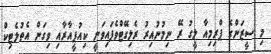
މި ސީޒަންގެ ޕްރިމިއާ ލީގު ރޭ ނިމުނުއިރު ރެލިގޭޓްވެފައިވަނީ ކިއުޕީއާރާއި ވިގަން އެތުލެޓިކް